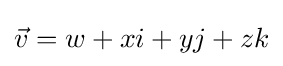
{\vec {v}}=w+xi+yj+zk